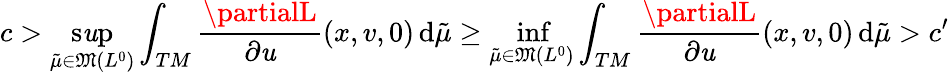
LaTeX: c>\operatorname*{s\mathit{u}p}_{\tilde{{\mu}}\in\mathfrak{{M}}({L^{0}})}\int_{TM}\frac{{\partialL}}{{\partial\mathit{u}}}(x,v,0)\, \mathrm{{d}}\tilde{{\mu}}\geq\operatorname*{inf}_{\tilde{{\mu}}\in\mathfrak{{M}}({L^{0}})}\int_{TM}\frac{{\partialL}}{{\partial\mathit{u}}}(x,v,0)\, \mathrm{{d}}\tilde{{\mu}}>c^{\prime}